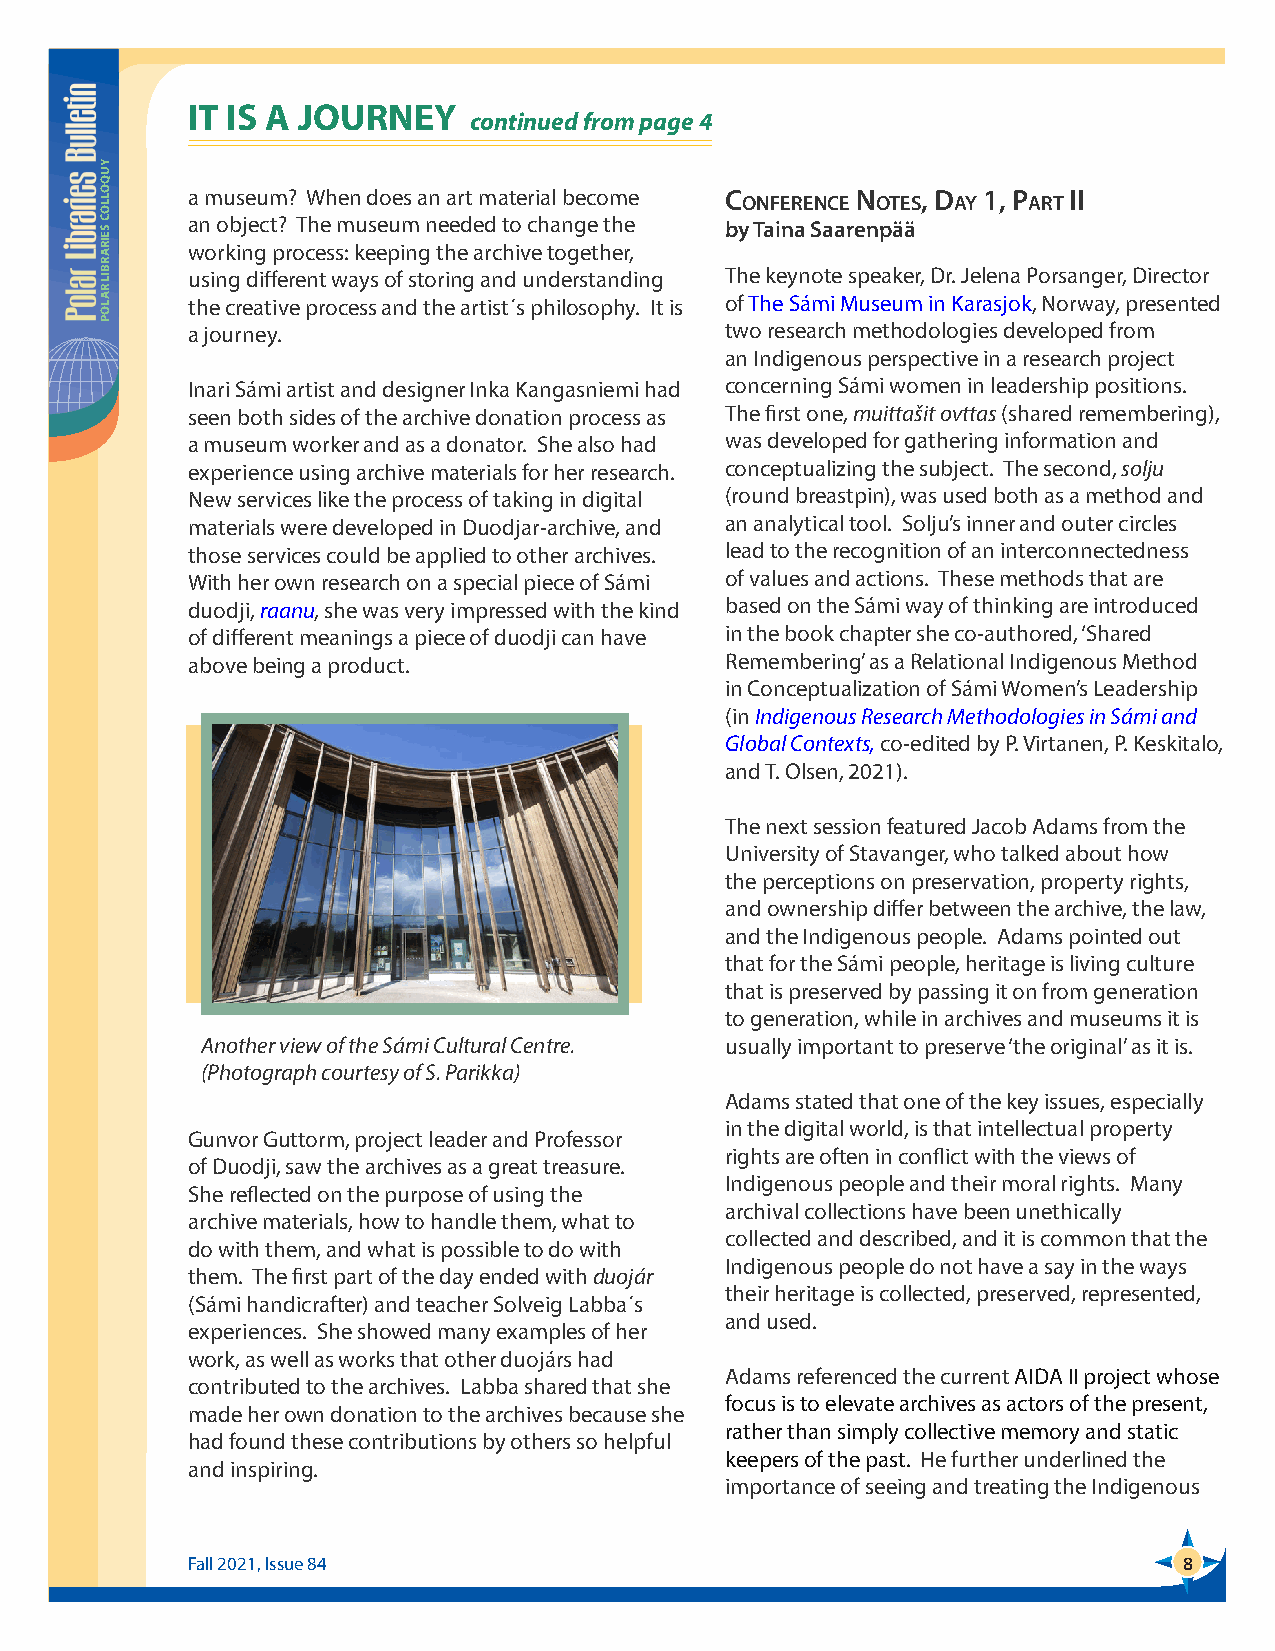
IT IS A JOURNEY
 continued from page 4
 a museum? When does an art material become C n   , D 1, P  ii
 onferenCe otes ay  art
 an object? The museum needed to change the by Taina Saarenpää
 working process: keeping the archive together,
 using different ways of storing and understanding The keynote speaker, Dr. Jelena Porsanger, Director
 the creative process and the artist´s philosophy. It is of The Sámi Museum in Karasjok, Norway, presented
 a journey.                          two research methodologies developed from
 an Indigenous perspective in a research project
 Inari Sámi artist and designer Inka Kangasniemi had concerning Sámi women in leadership positions.
 seen both sides of the archive donation process as The first one, muittašit ovttas (shared remembering),
 a museum worker and as a donator. She also had was developed for gathering information and
 experience using archive materials for her research. conceptualizing the subject. The second, solju
 New services like the process of taking in digital (round breastpin), was used both as a method and
 materials were developed in Duodjar-archive, and an analytical tool. Solju’s inner and outer circles
 those services could be applied to other archives. lead to the recognition of an interconnectedness
 With her own research on a special piece of Sámi of values and actions. These methods that are
 duodji, raanu, she was very impressed with the kind based on the Sámi way of thinking are introduced
 of different meanings a piece of duodji can have in the book chapter she co-authored, ‘Shared
 above being a product.              Remembering’ as a Relational Indigenous Method
 in Conceptualization of Sámi Women’s Leadership
 (in Indigenous Research Methodologies in Sámi and
 Global Contexts, co-edited by P. Virtanen, P. Keskitalo,
 and T. Olsen, 2021).
 The next session featured Jacob Adams from the
 University of Stavanger, who talked about how
 the perceptions on preservation, property rights,
 and ownership differ between the archive, the law,
 and the Indigenous people. Adams pointed out
 that for the Sámi people, heritage is living culture
 that is preserved by passing it on from generation
 to generation, while in archives and museums it is
 Another view of the Sámi Cultural Centre. usually important to preserve ‘the original’ as it is.
 (Photograph courtesy of S. Parikka)
 Adams stated that one of the key issues, especially
 in the digital world, is that intellectual property
 Gunvor Guttorm, project leader and Professor
 rights are often in conflict with the views of
 of Duodji, saw the archives as a great treasure.
 Indigenous people and their moral rights. Many
 She reflected on the purpose of using the
 archival collections have been unethically
 archive materials, how to handle them, what to
 collected and described, and it is common that the
 do with them, and what is possible to do with
 Indigenous people do not have a say in the ways
 them. The first part of the day ended with duojár
 their heritage is collected, preserved, represented,
 (Sámi handicrafter) and teacher Solveig Labba´s
 and used.
 experiences. She showed many examples of her
 work, as well as works that other duojárs had
 Adams referenced the current AIDA II project whose
 contributed to the archives. Labba shared that she
 focus is to elevate archives as actors of the present,
 made her own donation to the archives because she
 rather than simply collective memory and static
 had found these contributions by others so helpful
 keepers of the past. He further underlined the
 and inspiring.
 importance of seeing and treating the Indigenous
 Fall 2021, Issue 84                                               8
 YUQOLLOC
 SEIRARBIL
 RALOP